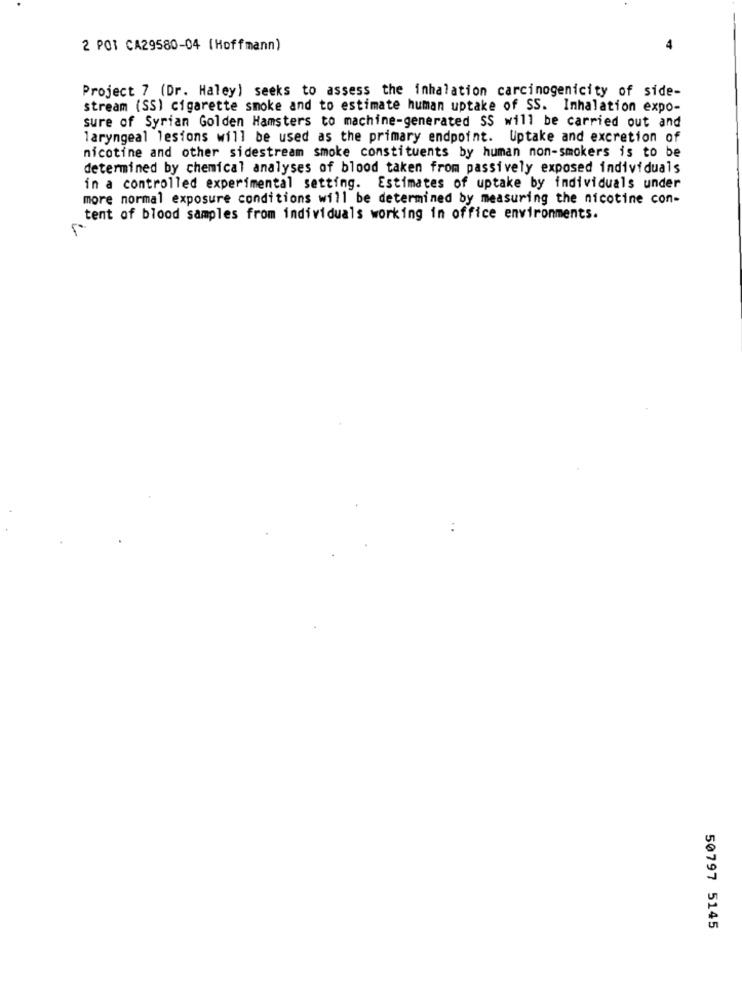
2 POT CA29580-04 (Hoffmann)
Project 7 (Dr. Haley) seeks to assess the inhalation carcinogenicity of side-
stream (SS) cigarette smoke and to estimate human uptake of SS. Inhalation expo-
sure of Syrian Golden Hamsters to machine-generated SS will be carried out and
laryngeal lesions will be used as the primary endpoint. Uptake and excretion of
nicotine and other sidestream smoke constituents by human non-smokers is to be
determined by chemical analyses of blood taken from passively exposed individuals
in a controlled experimental setting. Estimates of uptake by individuals under
more normal exposure conditions will be determined by measuring the nicotine con-
tent of blood samples from individuals working in office environments.
50797 5145